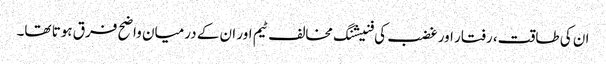
ان کی طاقت، رفتار اور غضب کی فنیشنگ مخالف ٹیم اور ان کے درمیان واضح فرق ہوتا تھا۔